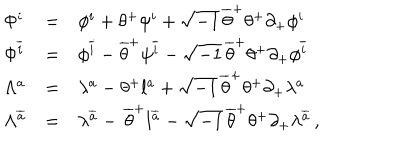
\begin{array} { l l l } { { \Phi ^ { i } } } & { { = } } & { { \phi ^ { i } + \theta ^ { + } \psi ^ { i } + \sqrt { - 1 } \, \overline { { { \theta } } } ^ { + } \theta ^ { + } \partial _ { + } \phi ^ { i } } } \\ { { \Phi ^ { \overline { { { i } } } } } } & { { = } } & { { \phi ^ { \overline { { { i } } } } - \overline { { { \theta } } } ^ { + } \psi ^ { \overline { { { i } } } } - \sqrt { - 1 } \, \overline { { { \theta } } } ^ { + } \theta ^ { + } \partial _ { + } \phi ^ { \overline { { { i } } } } } } \\ { { \Lambda ^ { a } } } & { { = } } & { { \lambda ^ { a } - \theta ^ { + } l ^ { a } + \sqrt { - 1 } \, \overline { { { \theta } } } ^ { + } \theta ^ { + } \partial _ { + } \lambda ^ { a } } } \\ { { \Lambda ^ { \overline { { { a } } } } } } & { { = } } & { { \lambda ^ { \overline { { { a } } } } - \, \overline { { { \theta } } } ^ { + } l ^ { \overline { { { a } } } } - \sqrt { - 1 } \, \overline { { { \theta } } } ^ { + } \theta ^ { + } \partial _ { + } \lambda ^ { \overline { { { a } } } } \, , } } \\ \end{array}